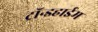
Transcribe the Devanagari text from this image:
ट्रॉन्डहाईम